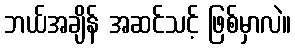
ဘယ်အချိန် အဆင်သင့် ဖြစ်မှာလဲ။